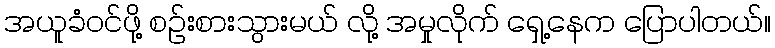
အယူခံဝင်ဖို့ စဉ်းစားသွားမယ် လို့ အမှုလိုက် ရှေ့နေက ပြောပါတယ်။